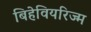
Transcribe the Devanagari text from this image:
बिहेवियरिज्म